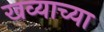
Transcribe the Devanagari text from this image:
खव्याच्या